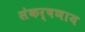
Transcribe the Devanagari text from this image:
संकर्षणाय